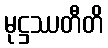
မုဋ္ဌဿတီတိ